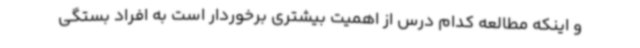
و اینکه مطالعه کدام درس از اهمیت بیشتری برخوردار است به افراد بستگی